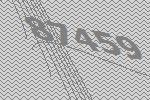
87459